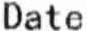
DATE